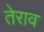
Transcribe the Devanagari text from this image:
तेराव